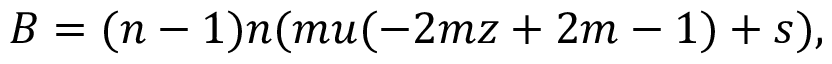
B = ( n - 1 ) n ( m u ( - 2 m z + 2 m - 1 ) + s ) ,